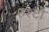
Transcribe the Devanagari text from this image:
रुश्टो